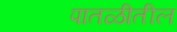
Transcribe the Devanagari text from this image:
पातळीतील